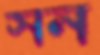
সন